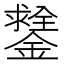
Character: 𨭻